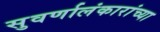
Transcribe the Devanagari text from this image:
सुवर्णालंकारांच्या